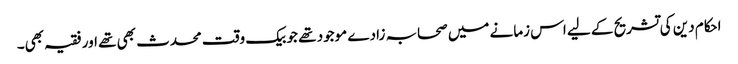
احکام دین کی تشریح کے لیے اس زمانے میں صحابہ زادے موجود تھے جو بیک وقت محدث بھی تھے اور فقیہ بھی۔